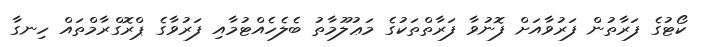
ކޯޓުގެ ފަރާތުން ފަރުވާއަށް ފޮނުވާ ފަރާތްތަކުގެ މަޢުލޫމާތު ބެލެހެއްޓުމާއި ފަރުވާގެ ޕްރޮގްރާމްތައް ހިނގާ